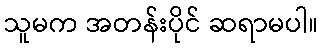
သူမက အတန်းပိုင် ဆရာမပါ။